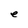
Character: e